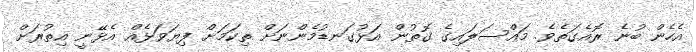
އެހެން ބުނެ ރޮއެގަތެވެ. މައްސަލައިގެ ގޮތުން އަޅުގަނޑުމެންނަށް ތިކަމަށް ފިޔަވަޅެއް އެޅޭނީ އިތުރަށް